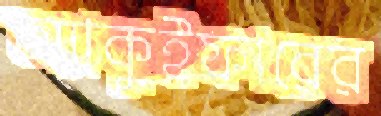
অ্যাকুইফারের